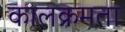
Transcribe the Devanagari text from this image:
कालक्रमता